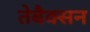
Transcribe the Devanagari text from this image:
तेबैक्सन